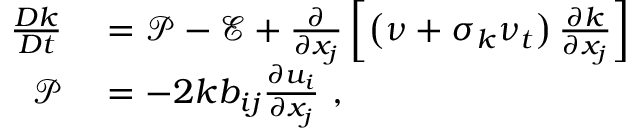
\begin{array} { r l } { \frac { D k } { D t } } & { { } = \mathcal { P } - \mathcal { E } + \frac { \partial } { \partial x _ { j } } \left[ \left( \nu + \sigma _ { k } \nu _ { t } \right) \frac { \partial k } { \partial x _ { j } } \right] } \\ { \mathcal { P } } & { { } = { - 2 k } b _ { i j } \frac { \partial u _ { i } } { \partial x _ { j } } \mathrm { ~ , ~ } } \end{array}